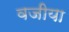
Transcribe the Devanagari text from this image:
वजीया